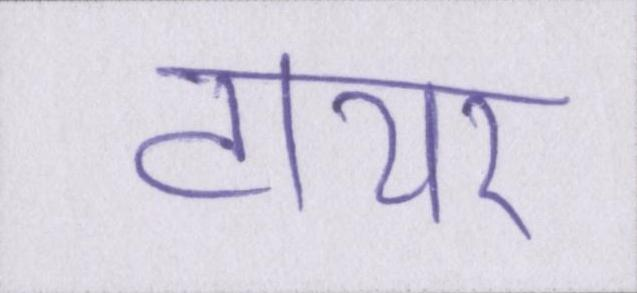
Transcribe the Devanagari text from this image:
टायर